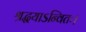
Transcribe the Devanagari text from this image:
श्रद्धयाऽन्वितः।